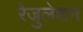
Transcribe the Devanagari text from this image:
रेजुलेशन